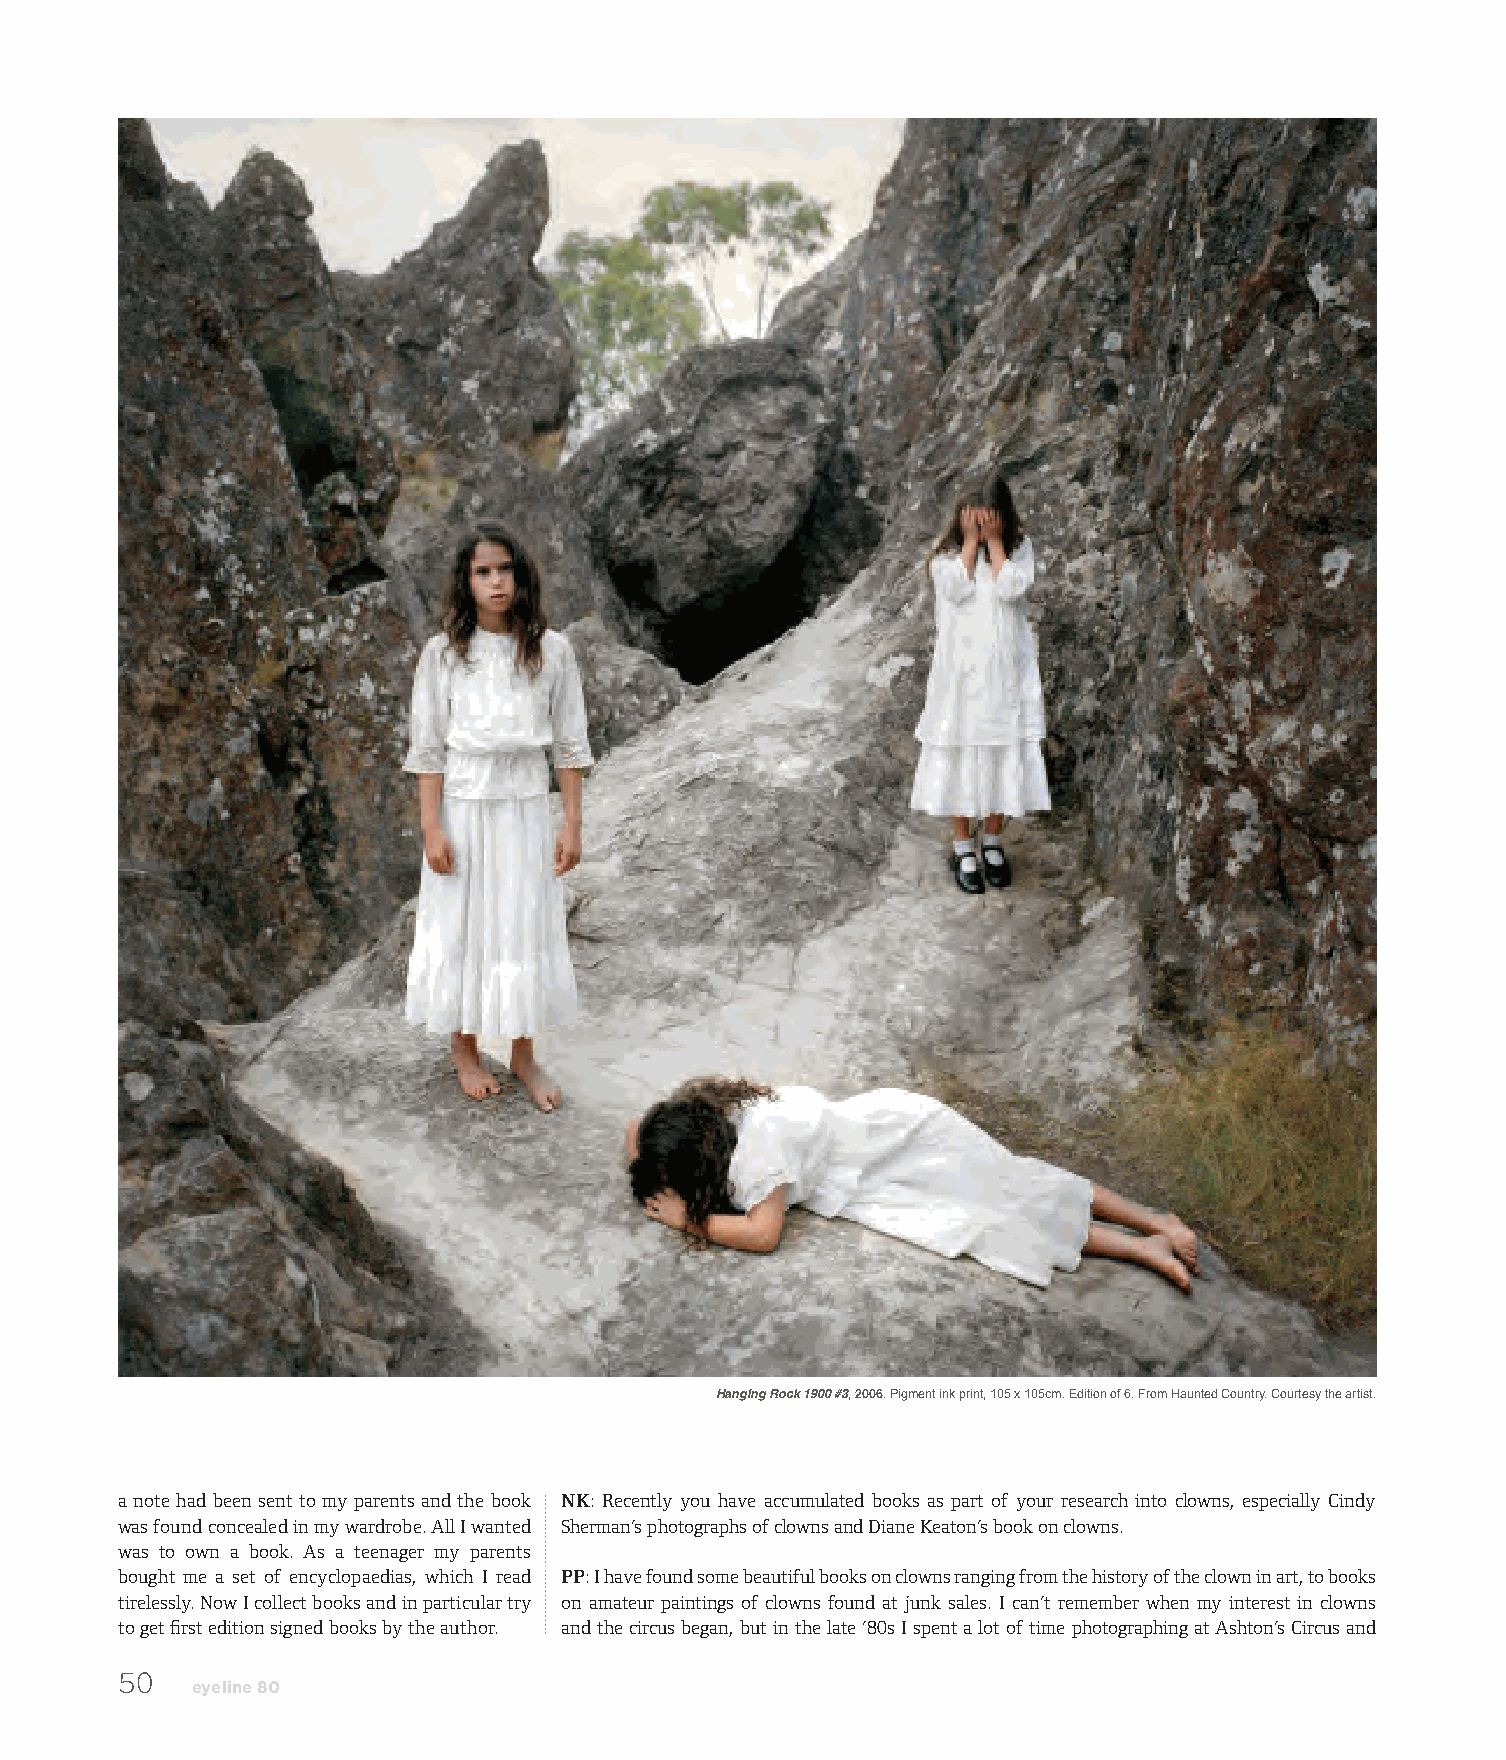
Hanging Rock 1900 #3, 2006. Pigment ink print, 105 x 105cm. Edition of 6. From Haunted Country. Courtesy the artist.
 a note had been sent to my parents and the book NK: Recently you have accumulated books as part of your research into clowns, especially Cindy
 was found concealed in my wardrobe. All I wanted Sherman’s photographs of clowns and Diane Keaton’s book on clowns.
 was to own a book. As a teenager my parents
 bought me a set of encyclopaedias, which I read PP: I have found some beautiful books on clowns ranging from the history of the clown in art, to books
 tirelessly. Now I collect books and in particular try on amateur paintings of clowns found at junk sales. I can’t remember when my interest in clowns
 to get first edition signed books by the author. and the circus began, but in the late ’80s I spent a lot of time photographing at Ashton’s Circus and
 50
 eyeline 80